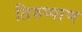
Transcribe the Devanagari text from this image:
तिरुप्पाण